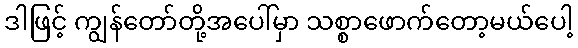
ဒါဖြင့် ကျွန်တော်တို့အပေါ်မှာ သစ္စာဖောက်တော့မယ်ပေါ့